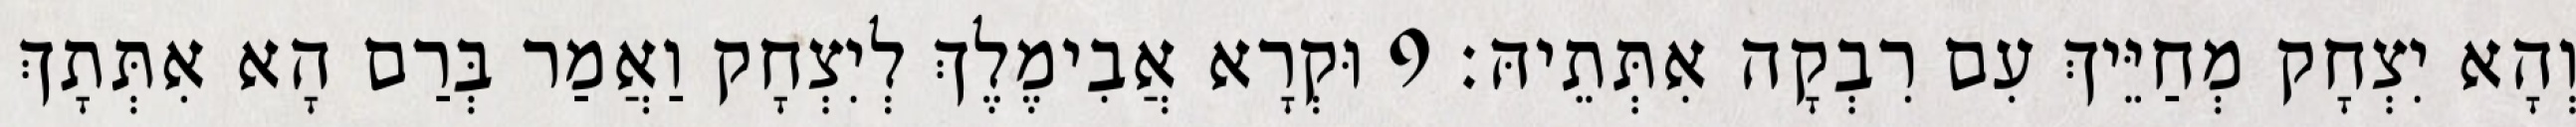
וְהָא יִצְחָק מְחַיֵּיךְ עִם רִבְקָה אִתְּתֵיהּ׃ 9 וּקְרָא אֲבִימֶלֶךְ לְיִצְחָק וַאֲמַר בְּרַם הָא אִתְּתָךְ